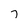
Character: 7